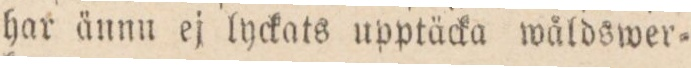
har ännn ej lyckats upptäcka wåldswer=